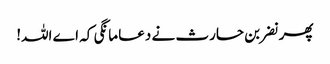
پھر نضر بن حارث نے دعا مانگی کہ اے اللہ!